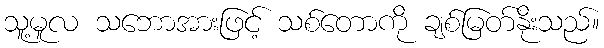
သူ့မူလ သဘောအားဖြင့် သစ်တောကို ချစ်မြတ်နိုးသည်။